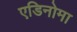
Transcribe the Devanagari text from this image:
एडिनोमा